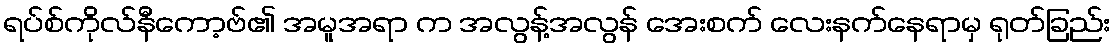
ရပ်စ်ကိုလ်နီကော့ဗ်၏ အမူအရာ က အလွန့်အလွန် အေးစက် လေးနက်နေရာမှ ရုတ်ခြည်း